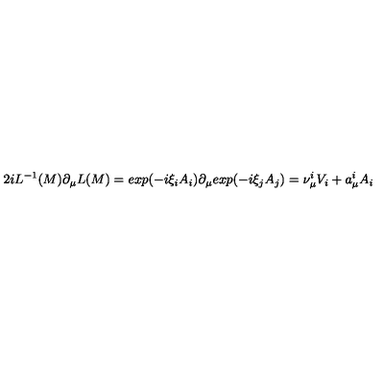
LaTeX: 2 i L ^ { - 1 } ( M ) \partial _ { \mu } L ( M ) = e x p ( { - i } \xi _ { i } A _ { i } ) \partial _ { \mu } e x p ( { - i } \xi _ { j } A _ { j } ) = \nu _ { \mu } ^ { i } V _ { i } + a _ { \mu } ^ { i } A _ { i }